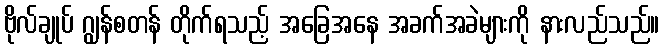
ဗိုလ်ချုပ် ဂျွန်စတန် တိုက်ရသည့် အခြေအနေ အခက်အခဲများကို နားလည်သည်။